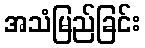
အသံမြည်ခြင်း